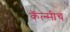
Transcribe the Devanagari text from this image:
कॅल्सीच